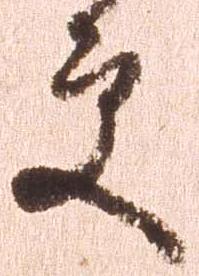
更